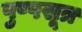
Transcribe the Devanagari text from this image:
पुष्पसूत्र